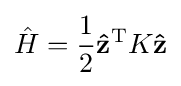
{\hat {H}}={\frac {1}{2}}\mathbf {\hat {z}} ^{\mathrm {T} }K\mathbf {\hat {z}}